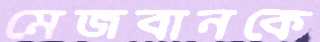
মেজবানকে